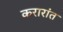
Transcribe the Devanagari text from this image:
करारांत